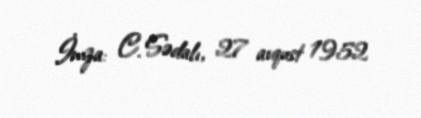
İmza: C. Sədalı, 27 avqust 1952